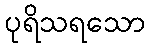
ပုရိသရသော